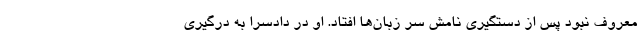
معروف نبود پس از دستگیری نامش سر زبان‌ها افتاد. او در دادسرا به درگیری